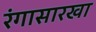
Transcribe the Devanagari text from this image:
रंगासारखा